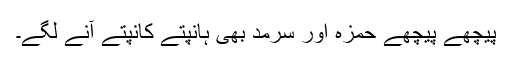
پیچھے پیچھے حمزہ اور سرمد بھی ہانپتے کانپتے آنے لگے۔